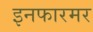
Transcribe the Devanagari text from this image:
इनफारमर